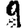
Digit: 9